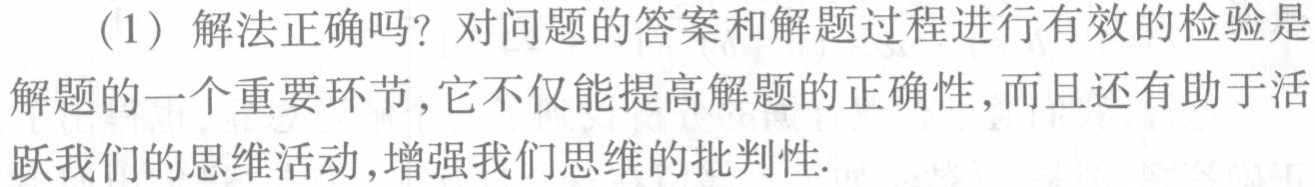
(1) 解法正确吗？对问题的答案和解题过程进行有效的检验是
解题的一个重要环节，它不仅能提高解题的正确性，而且还有助于活
跃我们的思维活动，增强我们思维的批判性.